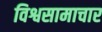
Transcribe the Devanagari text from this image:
विश्वसामाचार